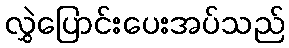
လွှဲပြောင်းပေးအပ်သည်